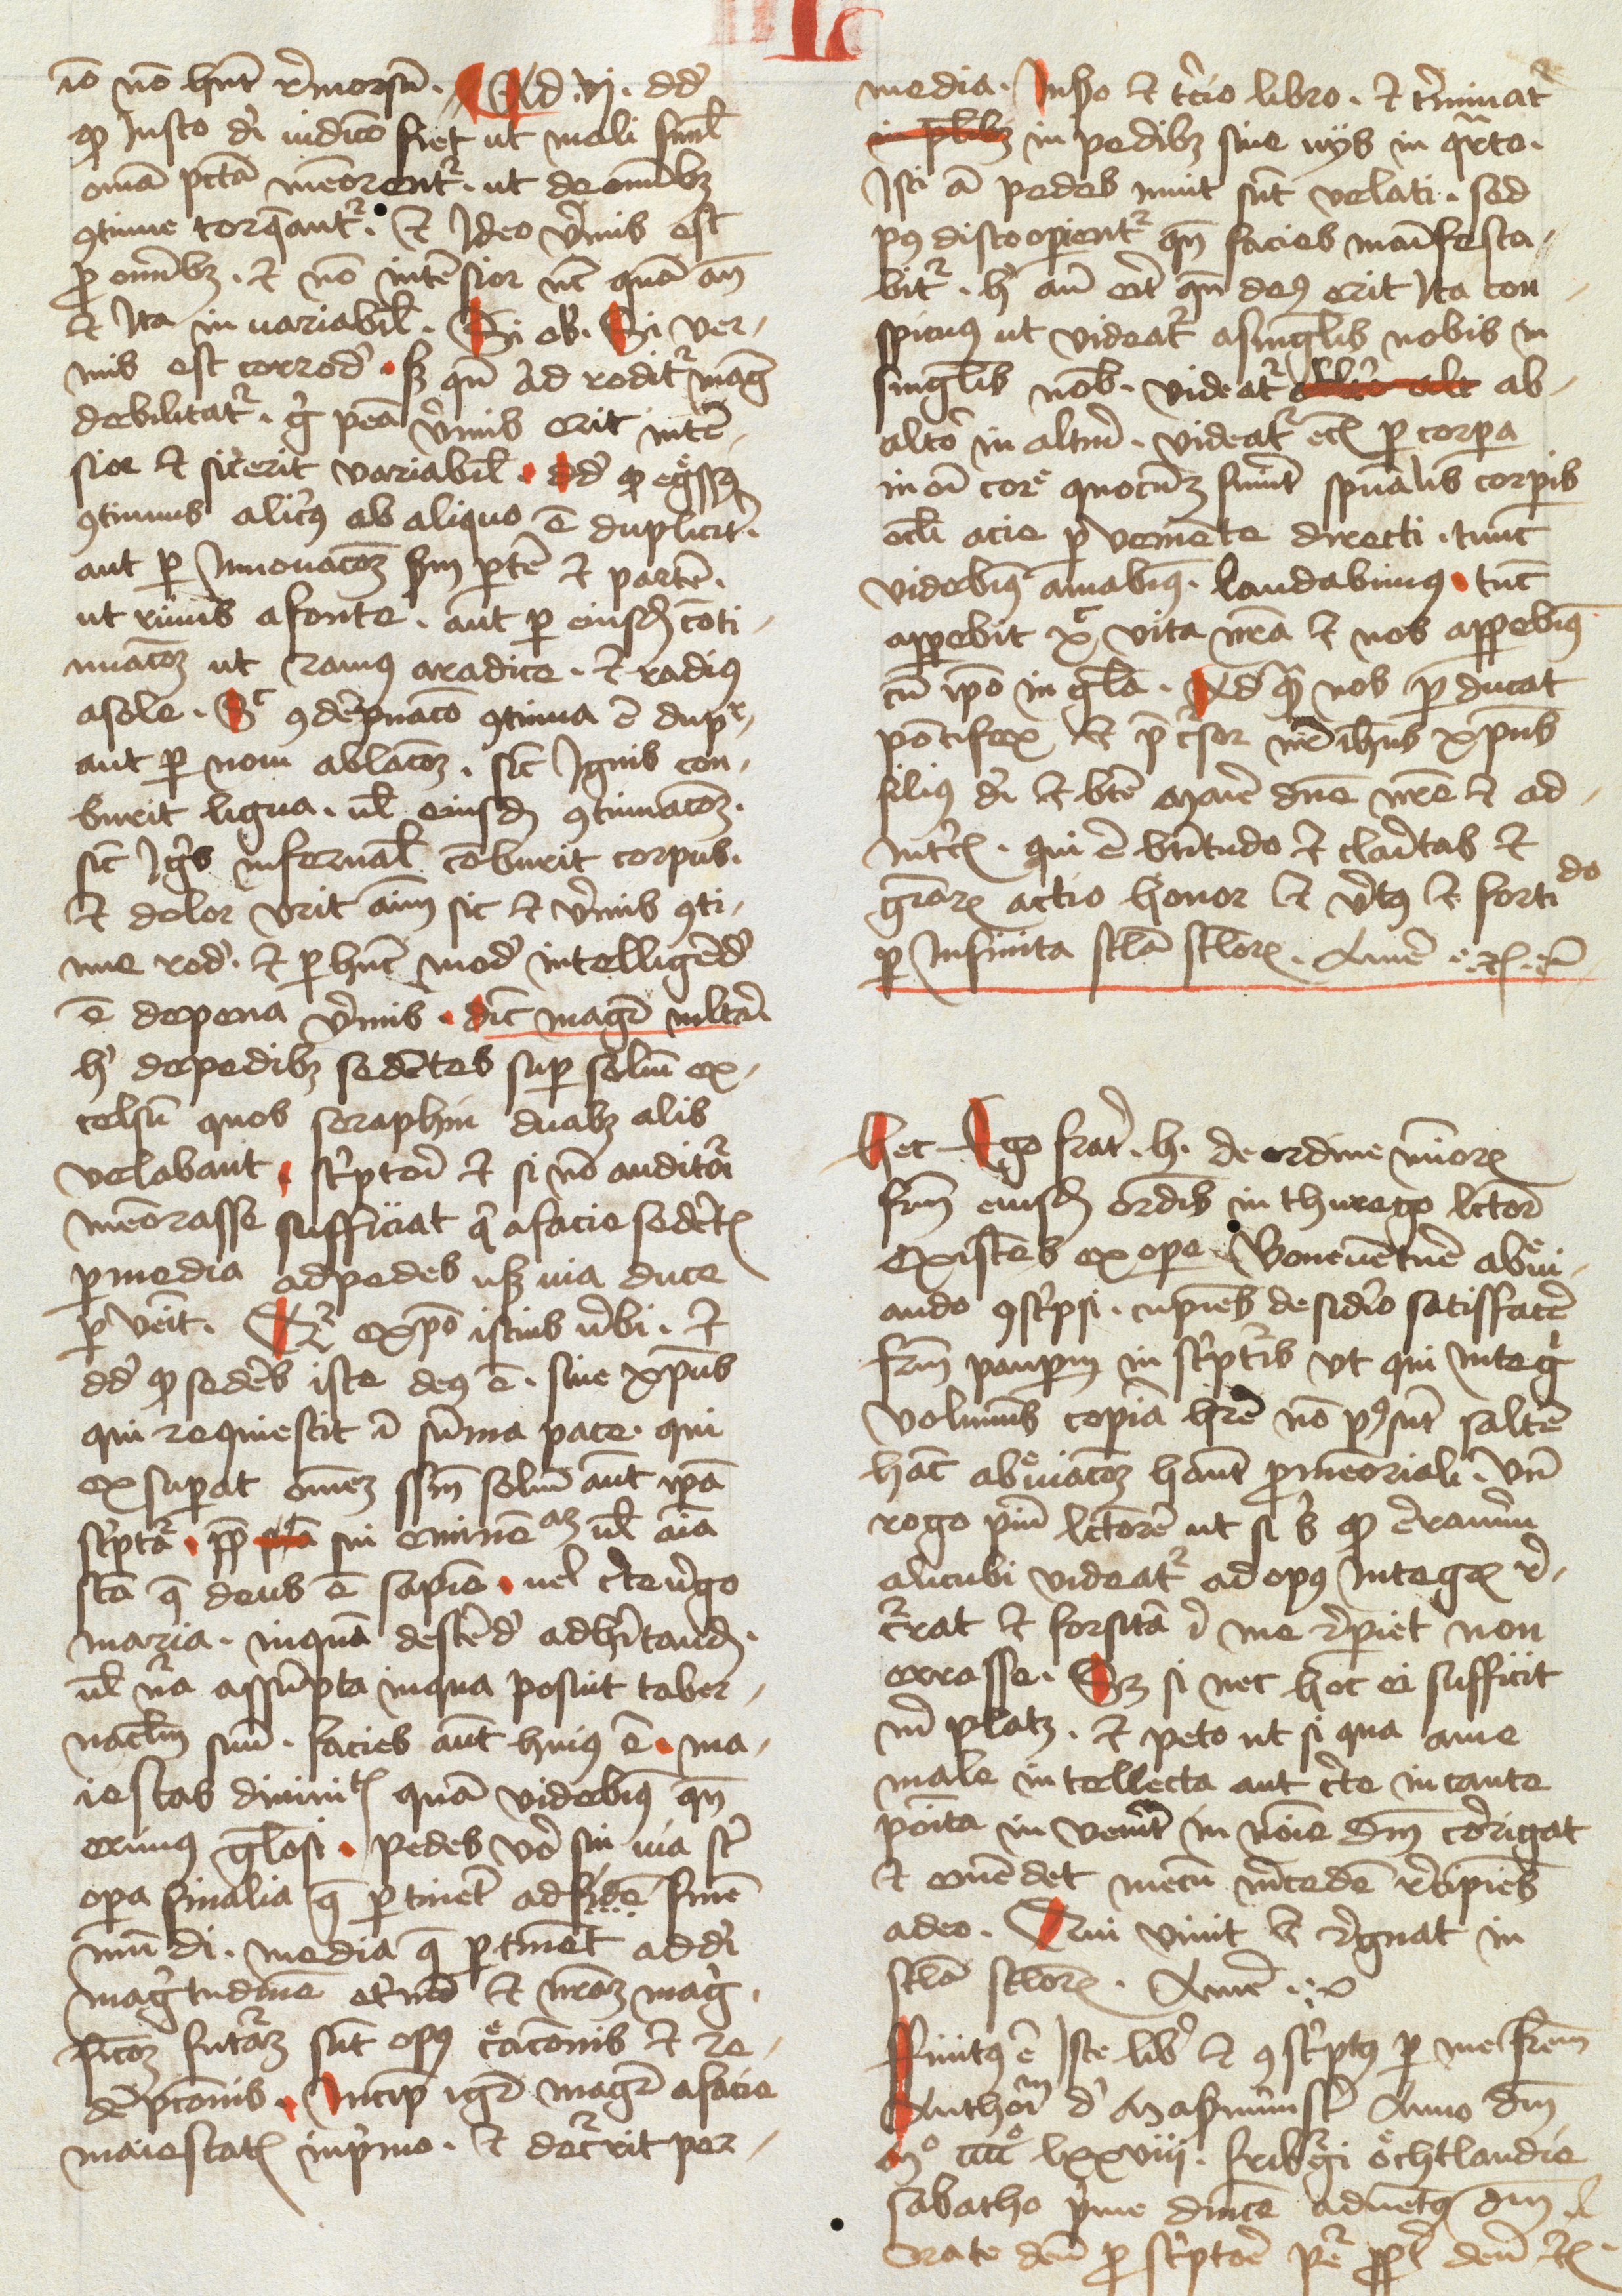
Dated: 1478–1478